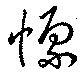
懍